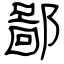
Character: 鄙